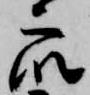
衆